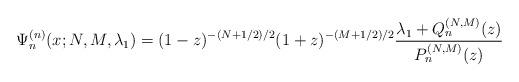
LaTeX: \begin{gather*} \Psi _{n}^{(n) }(x;N,M,\lambda _{1})=(1-z) ^{-( N+1/2) /2}(1+z) ^{-( M+1/2) /2}\frac{\lambda _{1}+Q_{n}^{(N,M) }(z) }{P_{n}^{(N,M) }(z) } \end{gather*}